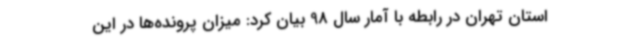
استان تهران در رابطه با آمار سال 98 بیان کرد: میزان پرونده‌ها در این